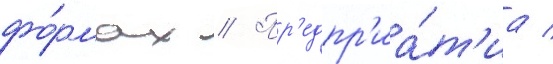
фо́рмах // Пр'едпр'иа́т'иа /